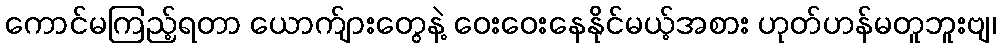
ကောင်မကြည့်ရတာ ယောက်ျားတွေနဲ့ ဝေးဝေးနေနိုင်မယ့်အစား ဟုတ်ဟန်မတူဘူးဗျ၊